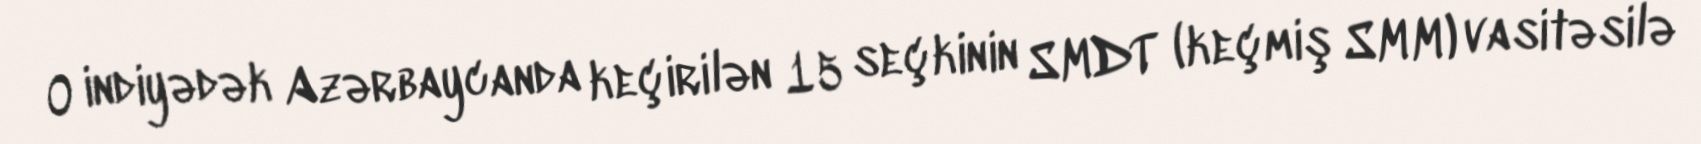
O indiyədək Azərbaycanda keçirilən 15 seçkinin SMDT (keçmiş SMM) vasitəsilə